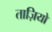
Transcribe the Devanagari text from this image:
ताज़ियो